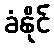
ခံနိုင်